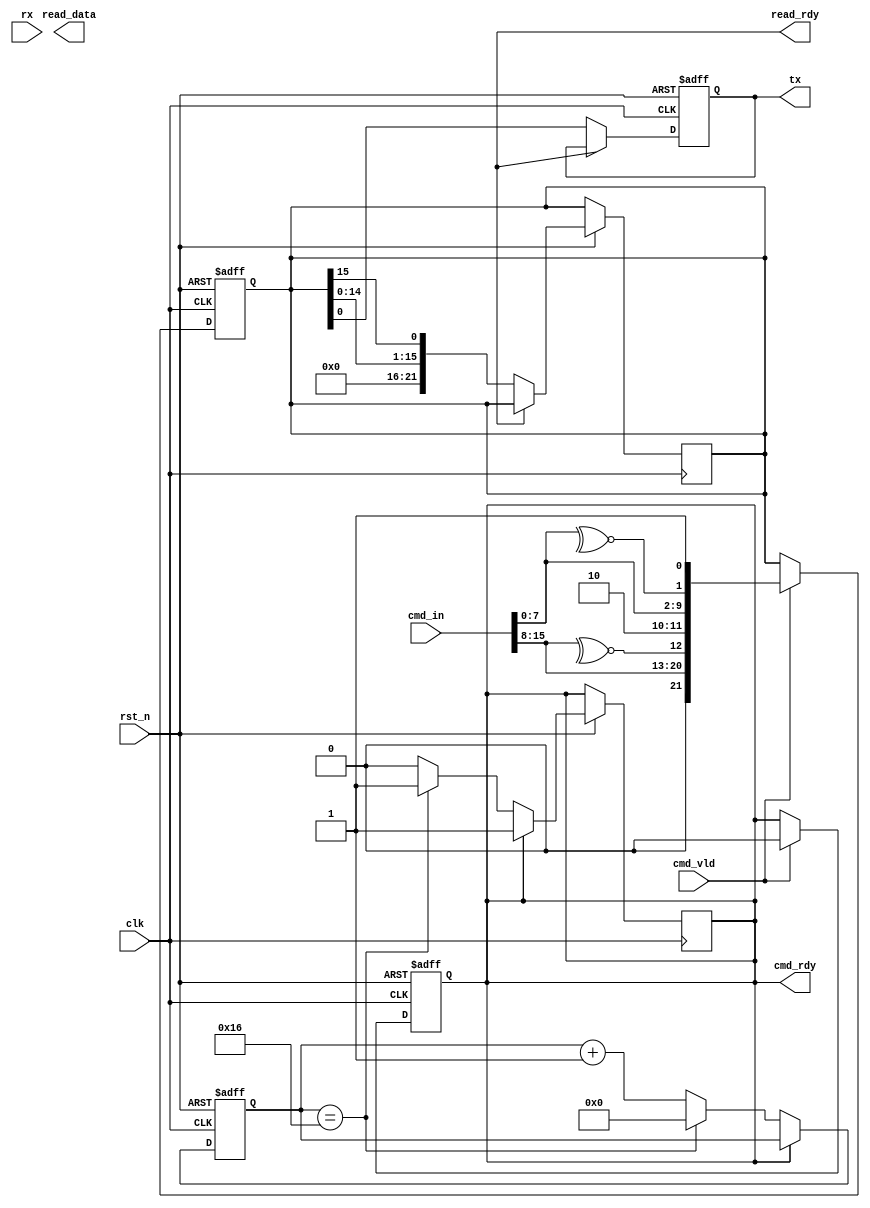
module uart (
    input clk,
    input rst_n,
    input [15:0] cmd_in,
    input cmd_vld,
    input rx,
    output reg tx,
    output reg read_rdy,
    output [7:0] read_data,
    output  cmd_rdy
);
    reg rx1;
    reg rx2;
    wire cb_nxt1;
    wire cb_nxt2;
    reg cb1;
    reg cb2;
    reg read_vld_temp;
    reg [21:0] tx_nxt;
    // 
    assign cb_nxt1 = ~^cmd_in[7:0];
    assign cb_nxt2 = ~^cmd_in[15:8];
    always @(posedge clk or negedge rst_n) begin
        if(!rst_n)
        begin
            cb2 <= 1'b0;
            cb1 <= 1'b0;
        end
        else 
        begin
            cb2 <= cb_nxt2;
            cb1 <= cb_nxt1;
        end
    end
  
    //
   always @(posedge clk or negedge rst_n) begin
       if(!rst_n)
            tx_nxt <= 22'b0;
        else if(cmd_vld)
            tx_nxt <= {1'b0,cmd_in[15:8],cb_nxt2,1'b1,1'b0,cmd_in[7:0],cb_nxt1,1'b1};
   end
   //
   reg [4:0] count;
   reg cmd_ready_nxt;
   assign cmd_rdy = cmd_ready_nxt;
   always @(posedge clk or negedge rst_n) begin
       if(!rst_n)
        cmd_ready_nxt <= 1'b1;
        else if(cmd_vld)
        cmd_ready_nxt <= 1'b0;
   end

   always @(posedge clk or negedge rst_n) begin
       if(!rst_n)
        count <= 4'b0;
       else if(!cmd_rdy)
            begin
                if(count == 22)
                begin
                    cmd_ready_nxt <= 1'b1;
                    count <= 4'b0;
                end
             else
            count <= count + 1'b1;
        end
    end
    
   always @(posedge clk or negedge rst_n) begin
      if(!rst_n)
            tx <= 1'b1;
      else if(!read_rdy)
            begin
            tx_nxt <= {tx_nxt[14:0],tx_nxt[15]};
            tx <= tx_nxt;
            end
   end


    
endmodule